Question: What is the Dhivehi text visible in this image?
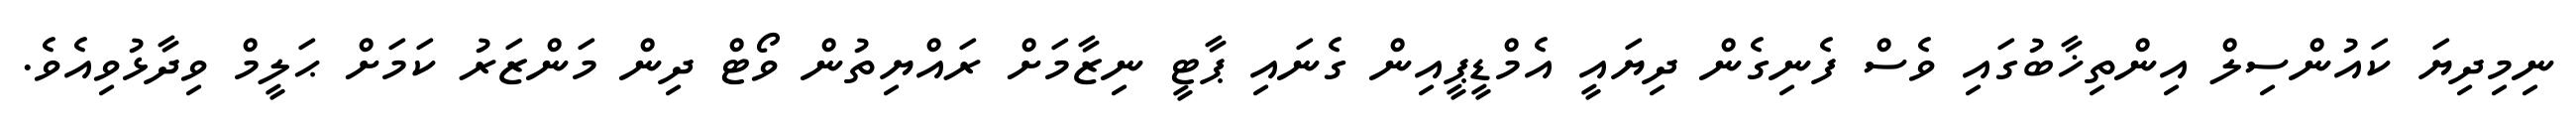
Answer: ނިމިދިޔަ ކައުންސިލް އިންތިޚާބުގައި ވެސް ފެނިގެން ދިޔައީ އެމްޑީޕީއިން ގެނައި ޕާޓީ ނިޒާމަށް ރައްޔިތުން ވޯޓް ދިން މަންޒަރު ކަމަށް ޙަލީމް ވިދާޅުވިއެވެ.